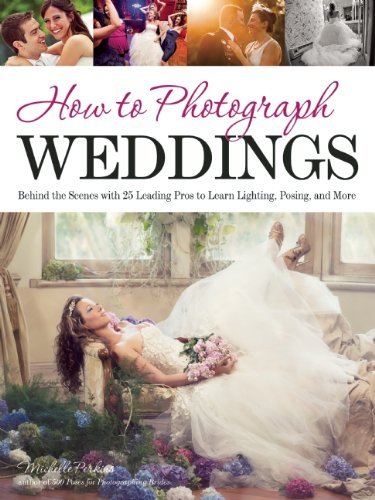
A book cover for How to Photograph Weddings: Behind the Scenes with 25 Leading Pros to Learn Lighting, Posing and More; Michelle Perkins; Crafts, Hobbies & Home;